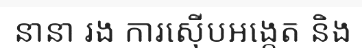
នានា រង ការស៊ើបអង្កេត និង